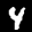
Label: 4